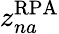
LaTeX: z_{na}^{\mathrm{RPA}}